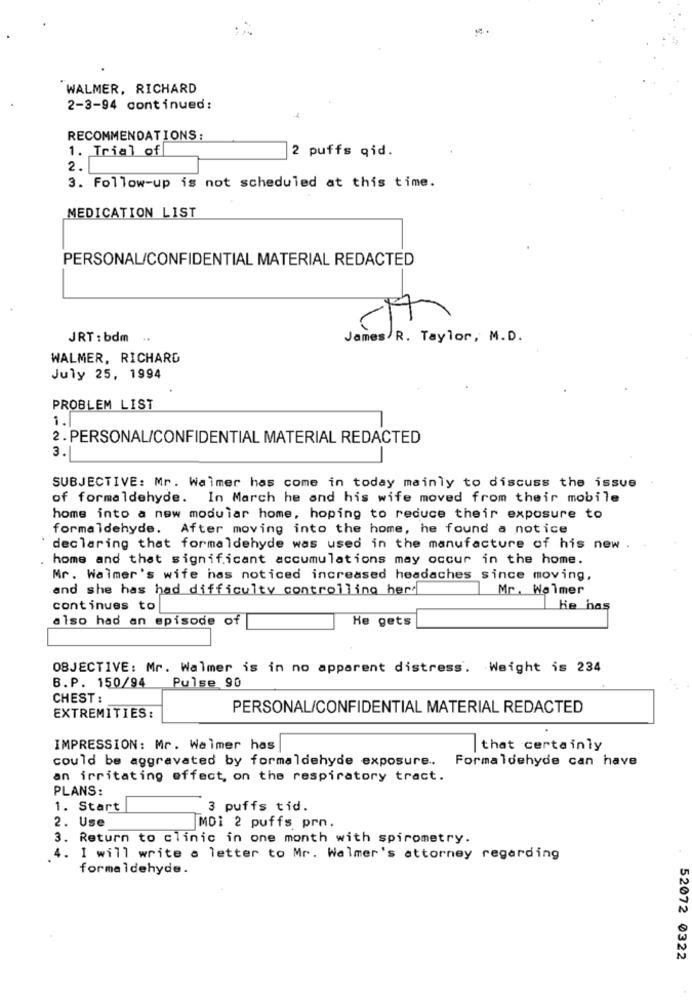
WALMER, RICHARD
2-3-94 continued:
RECOMMENDATIONS:
1. Trial of
2 puffs qid.
2.
3. Follow-up is not scheduled at this time.
MEDICATION LIST
PERSONAL/CONFIDENTIAL MATERIAL REDACTED
JRT : bdm ..
James R. Taylor, M.D.
WALMER, RICHARD
July 25, 1994
PROBLEM LIST
1.
2 . PERSONAL/CONFIDENTIAL MATERIAL REDACTED
3.
SUBJECTIVE: Mr. Walmer has come in today mainly to discuss the issue
of formaldehyde. In March he and his wife moved from their mobile
home into a new modular home, hoping to reduce their exposure to
formaldehyde. After moving into the home, he found a notice
declaring that formaldehyde was used in the manufacture of his new .
home and that significant accumulations may occur in the home.
Mr. Walmer's wife has noticed increased headaches since moving,
and she has had difficulty controlling her
Mr. Wolmer
continues to
ke haş
also had an episode of
He gets
OBJECTIVE: Mr. Walmer is in no apparent distress. Weight is 234
Pulse 90
B.P. 150/94
...
CHEST :
PERSONAL/CONFIDENTIAL MATERIAL REDACTED
EXTREMITIES:
IMPRESSION: Mr. Walmer has
that certainly
could be aggravated by formaldehyde exposure. Formaldehyde can have
an irritating effect, on the respiratory tract.
PLANS:
1. Start
3 puffs tid.
2. Use
MDi 2 puffs prn.
3. Return to clinic in one month with spirometry.
4. I will write a letter to Mr. Walmer's attorney regarding
formaldehyde.
52072 0322